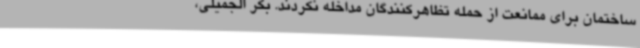
ساختمان برای ممانعت از حمله تظاهرکنندگان مداخله نکردند. بکر الجمیلی،